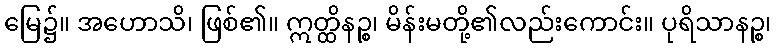
မြေ၌။ အဟောသိ၊ ဖြစ်၏။ ဣတ္ထိနဉ္စ၊ မိန်းမတို့၏လည်းကောင်း။ ပုရိသာနဉ္စ၊